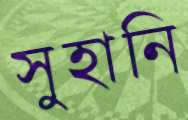
সুহানি